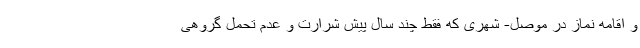
و اقامه نماز در موصل- شهری که فقط چند سال پیش شرارت و عدم تحمل گروهی